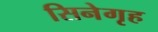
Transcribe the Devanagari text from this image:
सिनेगृह